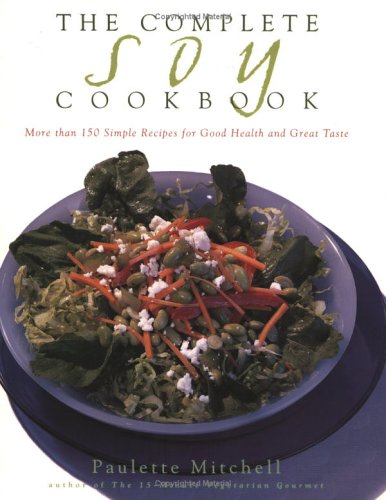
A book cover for The Complete Soy Cookbook; Paulette Mitchell; Cookbooks, Food & Wine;